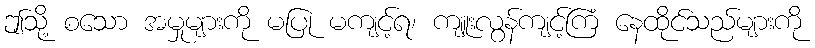
ဤသို့ စသော အမှုများကို မပြု မကျင့်ရ၊ ကျူးလွန်ကျင့်ကြံ နေထိုင်သည်များကို